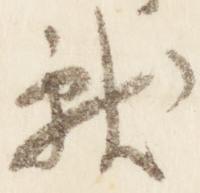
献